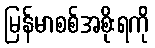
မြန်မာစစ်အစိုးရကို